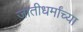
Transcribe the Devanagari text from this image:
जातीधर्मांच्या